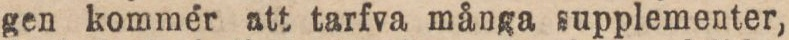
gen kommér att tarfva många supplementer,